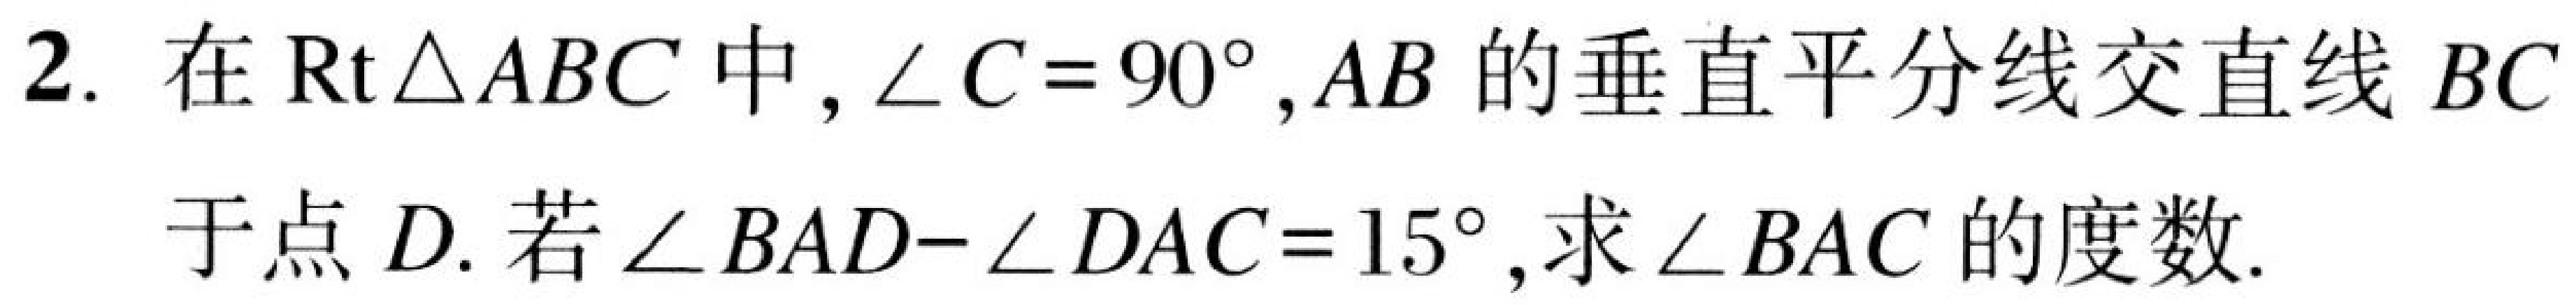
2. 在\(\text{Rt}\triangle ABC\)中,\(\angle C = 90^{\circ}\),\(AB\)的垂直平分线交直线\(BC\)
于点\(D\). 若\(\angle BAD-\angle DAC = 15^{\circ}\),求\(\angle BAC\)的度数.